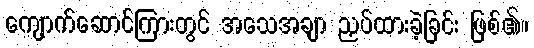
ကျောက်ဆောင်ကြားတွင် အသေအချာ ညှပ်ထားခဲ့ခြင်း ဖြစ်၏။